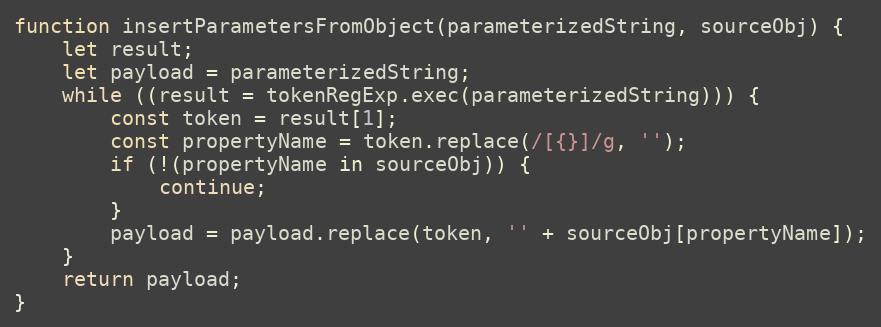
Language: JavaScript
function insertParametersFromObject(parameterizedString, sourceObj) {
    let result;
    let payload = parameterizedString;
    while ((result = tokenRegExp.exec(parameterizedString))) {
        const token = result[1];
        const propertyName = token.replace(/[{}]/g, '');
        if (!(propertyName in sourceObj)) {
            continue;
        }
        payload = payload.replace(token, '' + sourceObj[propertyName]);
    }
    return payload;
}